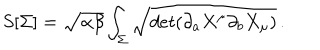
S [ \Sigma ] = \sqrt { \alpha \beta } \int _ { \Sigma } \sqrt { d e t ( \partial _ { a } X ^ { \mu } \partial _ { b } X _ { \mu } ) } \, .